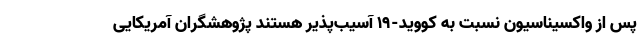
پس از واکسیناسیون نسبت به کووید-۱۹ آسیب‌پذیر هستند پژوهشگران آمریکایی